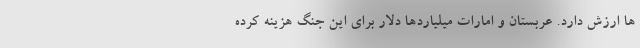
ها ارزش دارد. عربستان و امارات میلیاردها دلار برای این جنگ هزینه کرده